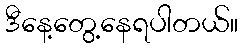
ဒီနေ့တွေ့နေရပါတယ်။